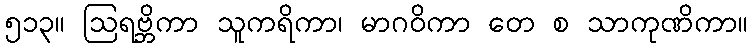
၅၁၃။ ဩရဗ္ဘိကာ သူကရိကာ၊ မာဂဝိကာ တေ စ သာကုဏိကာ။